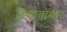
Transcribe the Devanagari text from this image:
उनाबॉम्बर